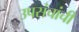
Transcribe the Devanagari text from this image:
उपसंचांची